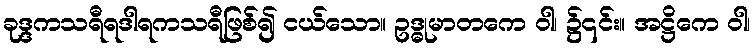
ခုဒ္ဒကသရီရဒါရကသရီဖြစ်၍ ငယ်သော။ ဥဒ္ဓုမာတကေ ဝါ၊ ၌၎င်း။ အဋ္ဌိကေ ဝါ၊